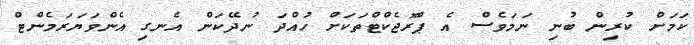
ކަމަށް ކުރިން ބުނި ނަމަވެސް އެ ޕްރޮޖެކްޓްތަކަށް ހުއްދަ ނުދޭކަން އެނގި އެންވަޔަރަމެންޓް